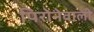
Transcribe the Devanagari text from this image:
पिरोनेवाली